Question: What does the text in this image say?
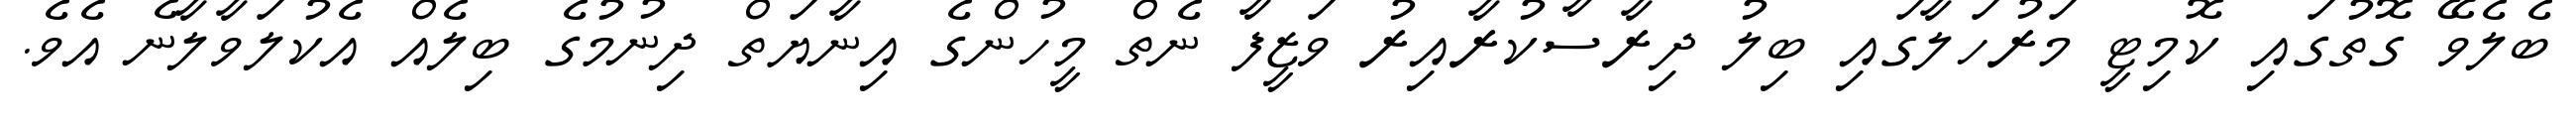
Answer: ބެލެވޭ ގޮތުގައި ކޮމިޓީ މަރުހަލާގައި ބިލު ދިރާސާކުރާއިރު ވަޒީފާ ނެތް މީހުންގެ އިނާޔަތް ދިނުމުގެ ބިލެއް އެކުލަވާލާނެ އެވެ.